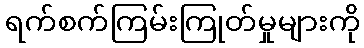
ရက်စက်ကြမ်းကြုတ်မှုများကို